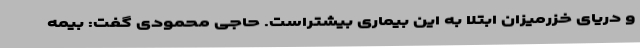
و دریای خزرمیزان ابتلا به این بیماری بیشتراست. حاجی محمودی گفت: بیمه